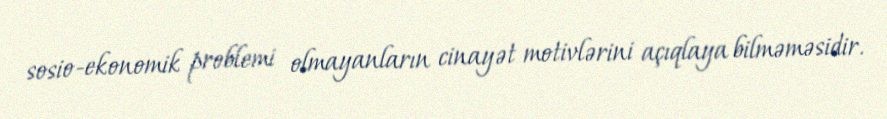
sosio-ekonomik problemi olmayanların cinayət motivlərini açıqlaya bilməməsidir.